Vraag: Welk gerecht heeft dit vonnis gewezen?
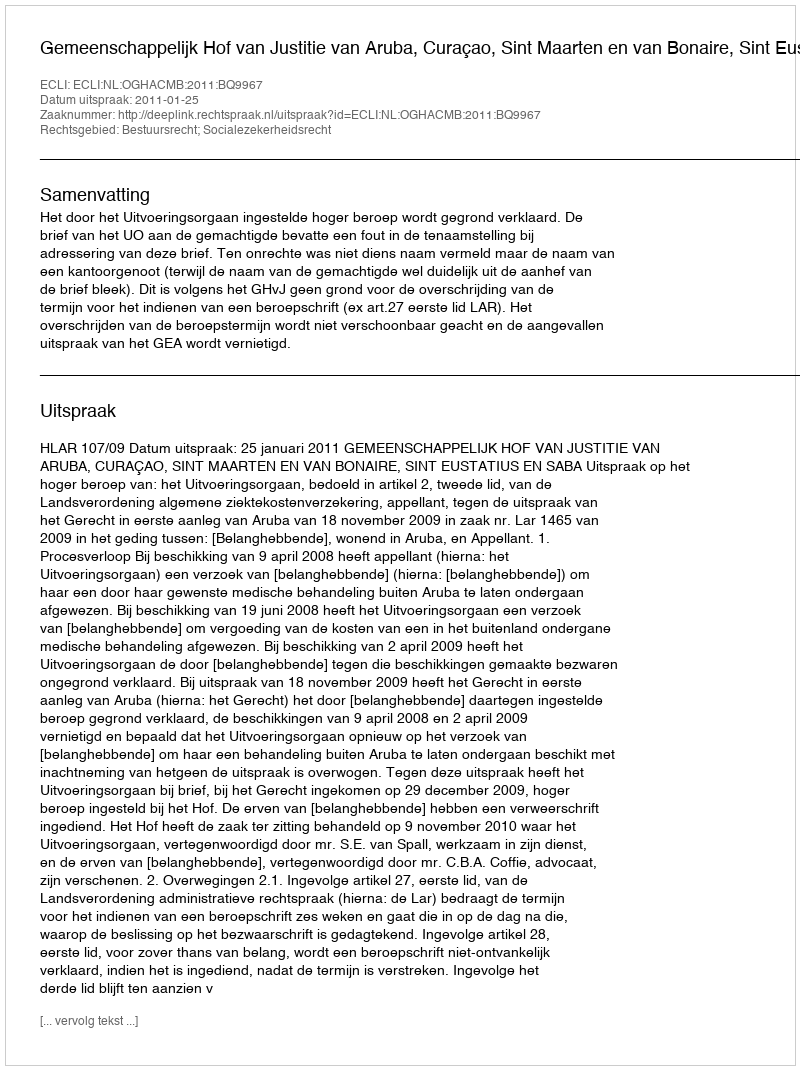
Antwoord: Gemeenschappelijk Hof van Justitie van Aruba, Curaçao, Sint Maarten en van Bonaire, Sint Eustatius en Saba